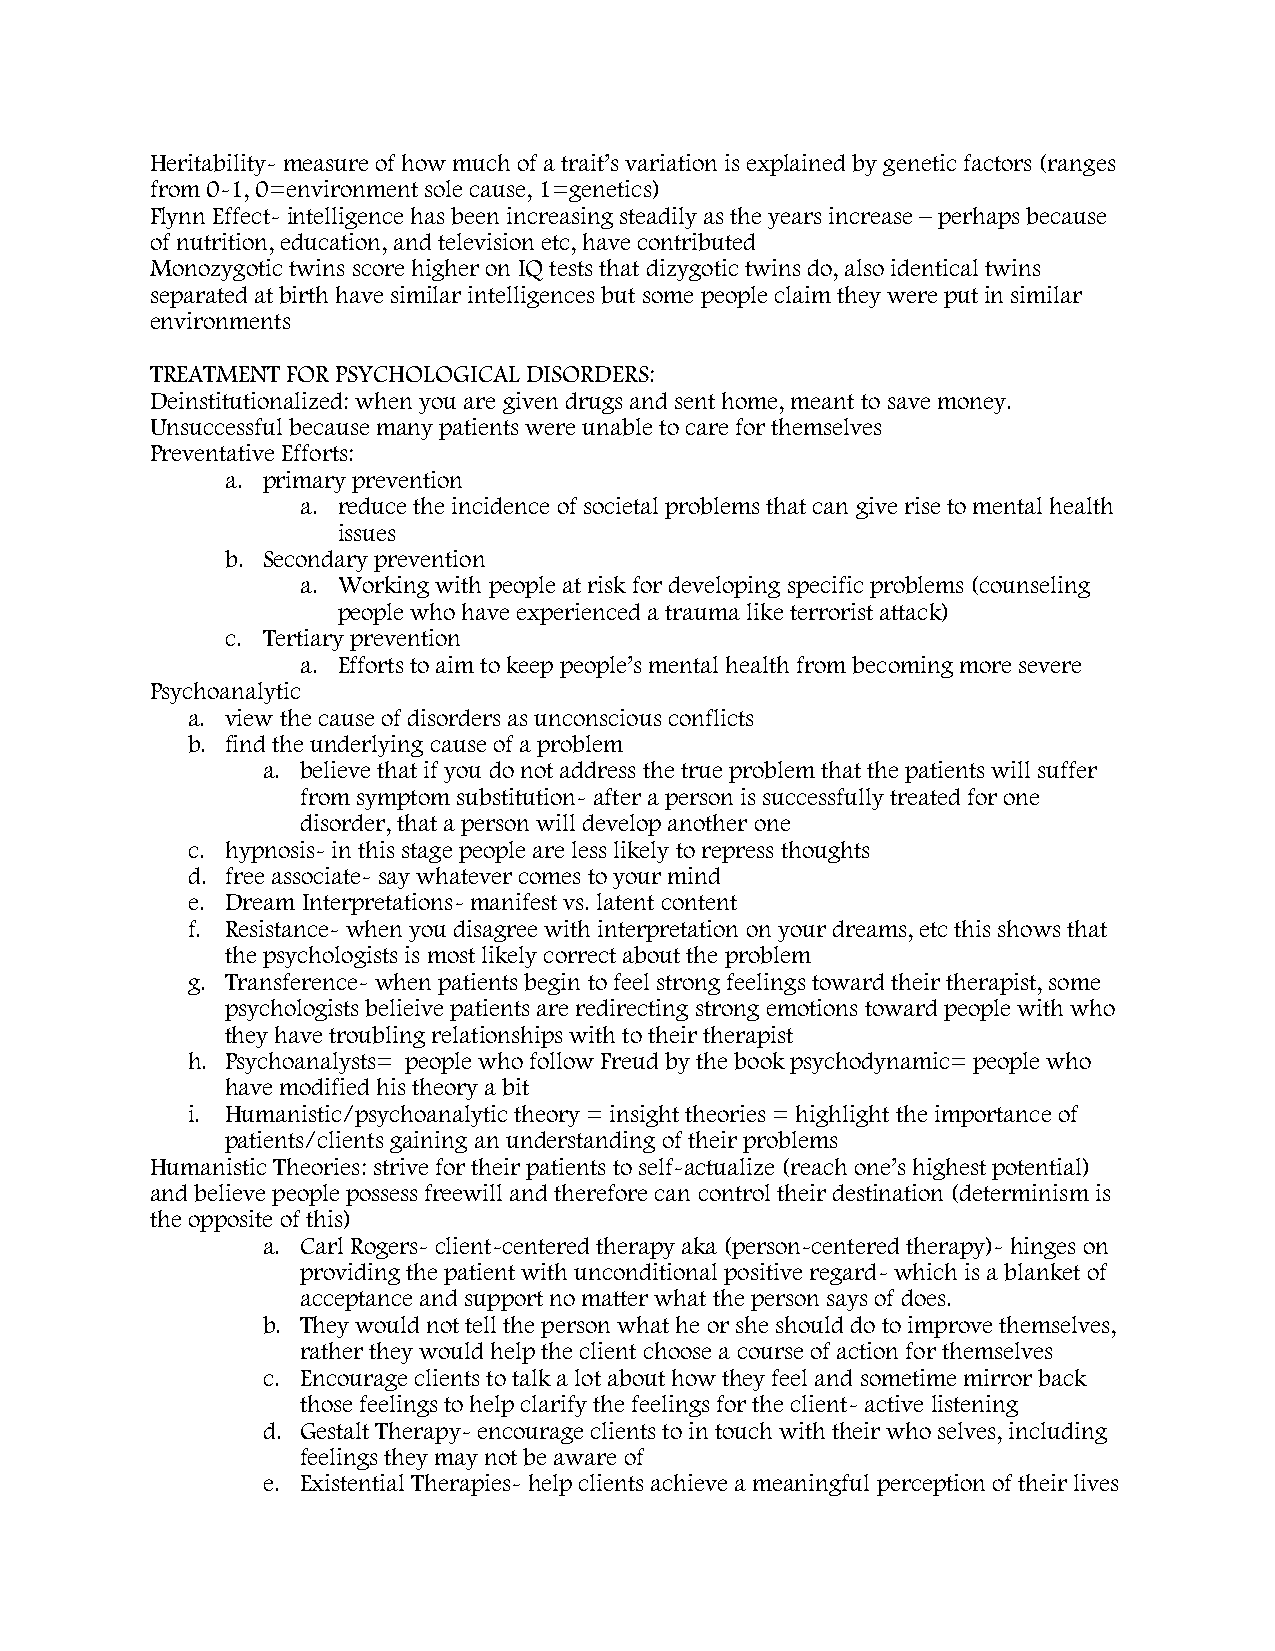
Heritability- measure of how much of a trait’s variation is explained by genetic factors (ranges
 from 0-1, 0=environment sole cause, 1=genetics)
 Flynn Effect- intelligence has been increasing steadily as the years increase – perhaps because
 of nutrition, education, and television etc, have contributed
 Monozygotic twins score higher on IQ tests that dizygotic twins do, also identical twins
 separated at birth have similar intelligences but some people claim they were put in similar
 environments
 TREATMENT FOR PSYCHOLOGICAL DISORDERS:
 Deinstitutionalized: when you are given drugs and sent home, meant to save money.
 Unsuccessful because many patients were unable to care for themselves
 Preventative Efforts:
 a. primary prevention
 a. reduce the incidence of societal problems that can give rise to mental health
 issues
 b. Secondary prevention
 a. Working with people at risk for developing specific problems (counseling
 people who have experienced a trauma like terrorist attack)
 c. Tertiary prevention
 a. Efforts to aim to keep people’s mental health from becoming more severe
 Psychoanalytic
 a. view the cause of disorders as unconscious conflicts
 b. find the underlying cause of a problem
 a. believe that if you do not address the true problem that the patients will suffer
 from symptom substitution- after a person is successfully treated for one
 disorder, that a person will develop another one
 c. hypnosis- in this stage people are less likely to repress thoughts
 d. free associate- say whatever comes to your mind
 e. Dream Interpretations- manifest vs. latent content
 f. Resistance- when you disagree with interpretation on your dreams, etc this shows that
 the psychologists is most likely correct about the problem
 g. Transference- when patients begin to feel strong feelings toward their therapist, some
 psychologists belieive patients are redirecting strong emotions toward people with who
 they have troubling relationships with to their therapist
 h. Psychoanalysts= people who follow Freud by the book psychodynamic= people who
 have modified his theory a bit
 i. Humanistic/psychoanalytic theory = insight theories = highlight the importance of
 patients/clients gaining an understanding of their problems
 Humanistic Theories: strive for their patients to self-actualize (reach one’s highest potential)
 and believe people possess freewill and therefore can control their destination (determinism is
 the opposite of this)
 a. Carl Rogers- client-centered therapy aka (person-centered therapy)- hinges on
 providing the patient with unconditional positive regard- which is a blanket of
 acceptance and support no matter what the person says of does.
 b. They would not tell the person what he or she should do to improve themselves,
 rather they would help the client choose a course of action for themselves
 c. Encourage clients to talk a lot about how they feel and sometime mirror back
 those feelings to help clarify the feelings for the client- active listening
 d. Gestalt Therapy- encourage clients to in touch with their who selves, including
 feelings they may not be aware of
 e. Existential Therapies- help clients achieve a meaningful perception of their lives